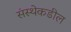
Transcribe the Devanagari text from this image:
संस्थेकडील